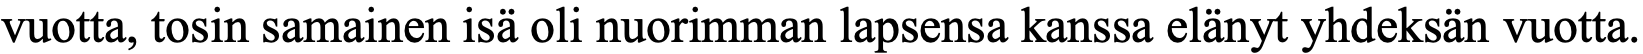
vuotta, tosin samainen isä oli nuorimman lapsensa kanssa elänyt yhdeksän vuotta.